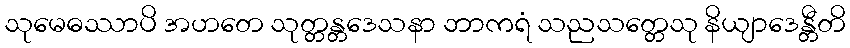
သုမေဓဿာပိ အဟတေ သုတ္တန္တဒေသနာ ဘာကရံ သညသတ္တေသု နိယျာဒေန္တီတိ